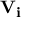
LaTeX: \mathbf { V _ { i } }